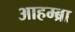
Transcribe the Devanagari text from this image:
आहम्ब्रा